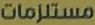
مستلزمات